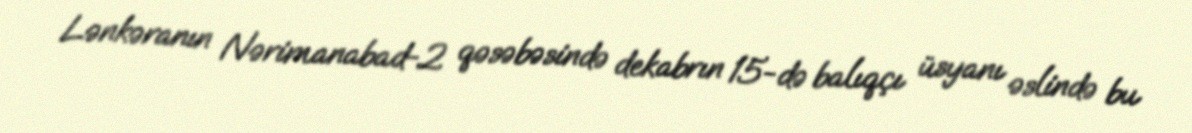
Lənkəranın Nərimanabad-2 qəsəbəsində dekabrın 15-də balıqçı üsyanı əslində bu